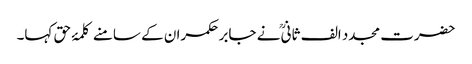
حضرت مجدد الف ثانیؒ نے جابر حکمران کے سامنے کلمۂ حق کہا۔